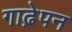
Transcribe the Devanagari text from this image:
गाढे़पन